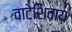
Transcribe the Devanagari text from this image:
वाटेशिवाय